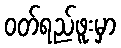
ဝတ်ရည်ဖူးမှာ